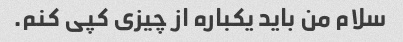
سلام من باید یکباره از چیزی کپی کنم.